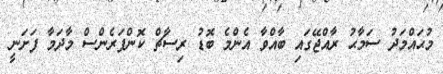
މުޙައްމަދު ސަމާޙު ރާއްޖޭގައި ބާއްވާ އެންމެ ބޮޑު ރިސާޗް ކޮންފަރެންސް މާދަމާ ފަށަނީ